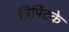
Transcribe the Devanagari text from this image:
त्रिपिटके